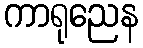
ကာရုညေန